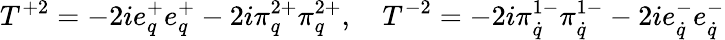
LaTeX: T^{+2}=-2ie_{q}^{+}e_{q}^{+}-2i\pi_{q}^{2+}\pi_{q}^{2+},\quad T^{-2}=-2i\pi_{\dot{q}}^{1-}\pi_{\dot{q}}^{1-}-2ie_{\dot{q}}^{-}e_{\dot{q}}^{-}